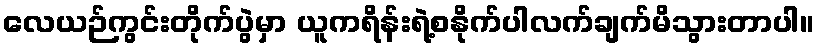
လေယဉ်ကွင်းတိုက်ပွဲမှာ ယူကရိန်းရဲ့စနိုက်ပါလက်ချက်မိသွားတာပါ။